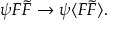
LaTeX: \psi F { \tilde { F } } \rightarrow \psi \langle F { \tilde { F } } \rangle .